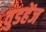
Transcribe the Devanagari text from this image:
वुडहेंज